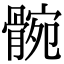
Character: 䯛